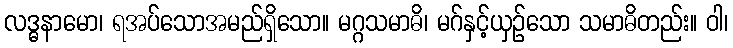
လဒ္ဓနာမော၊ ရအပ်သောအမည်ရှိသော။ မဂ္ဂသမာဓိ၊ မဂ်နှင့်ယှဉ်သော သမာဓိတည်း။ ဝါ၊